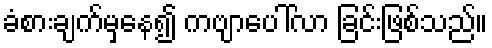
ခံစားချက်မှနေ၍ ကဗျာပေါ်လာ ခြင်းဖြစ်သည်။